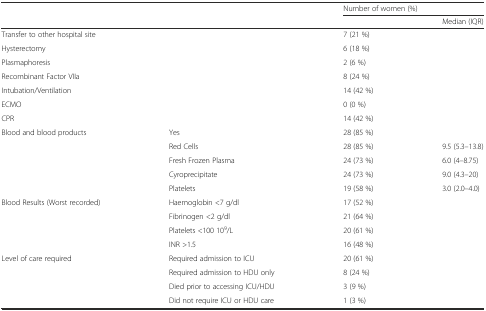
<table><thead><tr><td>[EMPTY_CELL]</td><td>[EMPTY_CELL]</td><td colspan="2"><b>Number of women (%)</b></td></tr><tr><td>[EMPTY_CELL]</td><td>[EMPTY_CELL]</td><td>[EMPTY_CELL]</td><td><b>Median (IQR)</b></td></tr></thead><tbody><tr><td>Transfer to other hospital site</td><td>[EMPTY_CELL]</td><td colspan="2">7 (21 %)</td></tr><tr><td>Hysterectomy</td><td>[EMPTY_CELL]</td><td colspan="2">6 (18 %)</td></tr><tr><td>Plasmaphoresis</td><td>[EMPTY_CELL]</td><td colspan="2">2 (6 %)</td></tr><tr><td>Recombinant Factor VIIa</td><td>[EMPTY_CELL]</td><td colspan="2">8 (24 %)</td></tr><tr><td>Intubation/Ventilation</td><td>[EMPTY_CELL]</td><td colspan="2">14 (42 %)</td></tr><tr><td>ECMO</td><td>[EMPTY_CELL]</td><td colspan="2">0 (0 %)</td></tr><tr><td>CPR</td><td>[EMPTY_CELL]</td><td colspan="2">14 (42 %)</td></tr><tr><td>Blood and blood products</td><td>Yes</td><td colspan="2">28 (85 %)</td></tr><tr><td>[EMPTY_CELL]</td><td>Red Cells</td><td>28 (85 %)</td><td>9.5 (5.3–13.8)</td></tr><tr><td>[EMPTY_CELL]</td><td>Fresh Frozen Plasma</td><td>24 (73 %)</td><td>6.0 (4–8.75)</td></tr><tr><td>[EMPTY_CELL]</td><td>Cyroprecipitate</td><td>24 (73 %)</td><td>9.0 (4.3–20)</td></tr><tr><td>[EMPTY_CELL]</td><td>Platelets</td><td>19 (58 %)</td><td>3.0 (2.0–4.0)</td></tr><tr><td>Blood Results (Worst recorded)</td><td>Haemoglobin &lt;7 g/dl</td><td colspan="2">17 (52 %)</td></tr><tr><td>[EMPTY_CELL]</td><td>Fibrinogen &lt;2 g/dl</td><td colspan="2">21 (64 %)</td></tr><tr><td>[EMPTY_CELL]</td><td>Platelets &lt;100 10<sup>9</sup>/L</td><td colspan="2">20 (61 %)</td></tr><tr><td>[EMPTY_CELL]</td><td>INR &gt;1.5</td><td colspan="2">16 (48 %)</td></tr><tr><td>Level of care required</td><td>Required admission to ICU</td><td colspan="2">20 (61 %)</td></tr><tr><td>[EMPTY_CELL]</td><td>Required admission to HDU only</td><td colspan="2">8 (24 %)</td></tr><tr><td>[EMPTY_CELL]</td><td>Died prior to accessing ICU/HDU</td><td colspan="2">3 (9 %)</td></tr><tr><td>[EMPTY_CELL]</td><td>Did not require ICU or HDU care</td><td colspan="2">1 (3 %)</td></tr></tbody></table>